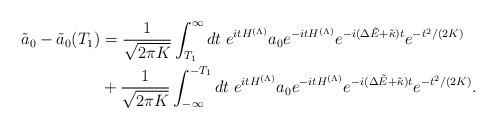
LaTeX: \begin{align*}\tilde{a}_0-\tilde{a}_0(T_1)&=\frac{1}{\sqrt{2\pi K}}\int_{T_1}^\infty dt\; e^{itH^{(\Lambda)}}a_0e^{-itH^{(\Lambda)}}e^{-i(\Delta\tilde{E}+\tilde{\kappa})t}e^{-t^2/(2K)}\\ &+\frac{1}{\sqrt{2\pi K}}\int_{-\infty}^{-T_1} dt\; e^{itH^{(\Lambda)}}a_0e^{-itH^{(\Lambda)}}e^{-i(\Delta\tilde{E}+\tilde{\kappa})t}e^{-t^2/(2K)}.\end{align*}